Papers set at the Examination for Leaving Certificates, 1895
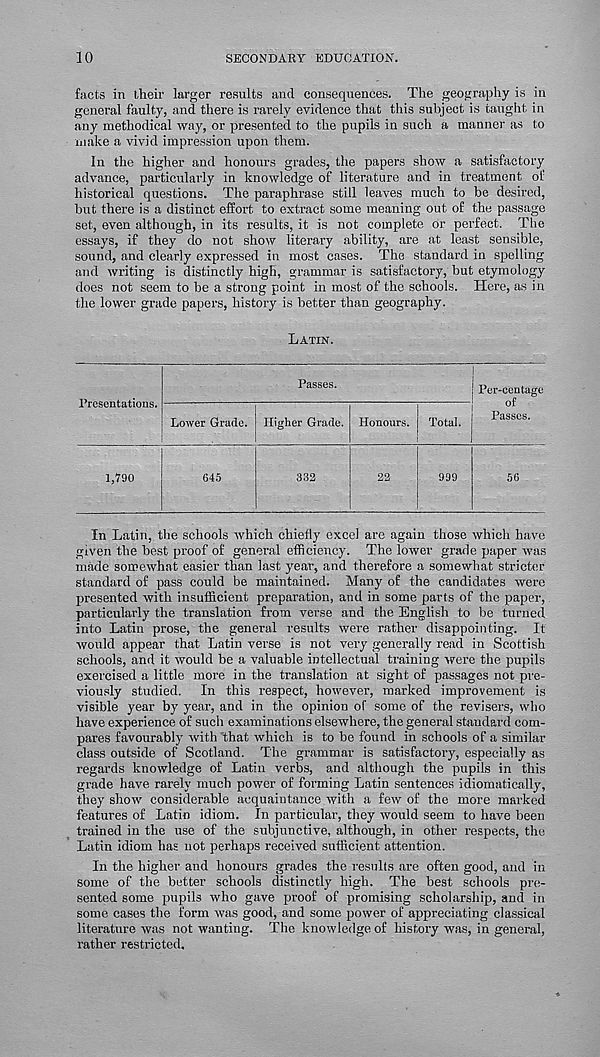
10
SECONDARY EDUCATION.
facts in their larger results and consequences. The geography is in
general faulty, and there is rarely evidence that this subject is taught in
any methodical way, or presented to the pupils in such a manner as to
make a vivid impression upon them.
In the higher and honours grades, the papers show a satisfactory
advance, particularly in knowledge of literature and in treatment of
historical questions. The paraphrase still leaves much to be desired,
but there is a distinct effort to extract some meaning out of the passage
set, even although, in its results, it is not complete or perfect. The
essays, if they do not show literary ability, are at least sensible,
sound, and clearly expressed in most cases. The standard in spelling
and writing is distinctly high, grammar is satisfactory, but etymology
does not seem to be a strong point in most of the schools. Here, as in
the lower grade papers, history is better than geography.
LATIN.
Presentations.
Passes.
Lower Grade. Higher Grade. Honours. Total.
Per-centage
of
Passes.
1,790
645
332
22
999
56
In Latin, the schools which chiefly excel are again those which have
given the best proof of general efficiency. The lower grade paper was
made somewhat easier than last year, and therefore a somewhat stricter
standard of pass could be maintained. Many of the candidates were
presented with insufficient preparation, and in some parts of the paper,
particularly the translation from verse and the English to be turned
into Latin prose, the general results were rather disappointing. It
would appear that Latin verse is not very generally read in Scottish
schools, and it would be a valuable intellectual training were the pupils
exercised a little more in the translation at sight of passages not pre-
viously studied.
In this respect, however, marked improvement is
visible year by year, and in the opinion of some of the revisers, who
have experience of such examinations elsewhere, the general standard com-
pares favourably with that which is to he found in schools of a similar
class outside of Scotland. The grammar is satisfactory, especially as
regards knowledge of Latin verbs, and although the pupils in this
grade have rarely much power of forming Latin sentences idiomatically,
they show considerable acquaintance with a few of the more marked
features of Latin idiom. In particular, they would seem to have been
trained in the use of the subjunctive, although, in other respects, the
Latin idiom has not perhaps received sufficient attention.
In the higher and honours grades the results are often good, and in
some of the better schools distinctly high. The best schools pre-
sented some pupils who gave proof of promising scholarship, and in
some cases the form was good, and some power of appreciating classical
literature was not wanting. The knowledge of history was, in general,
rather restricted.